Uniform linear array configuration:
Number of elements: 16
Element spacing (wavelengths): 0.5
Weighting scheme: kaiser
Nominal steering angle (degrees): -30
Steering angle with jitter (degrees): -29.638
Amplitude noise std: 0.05
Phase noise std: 0.05

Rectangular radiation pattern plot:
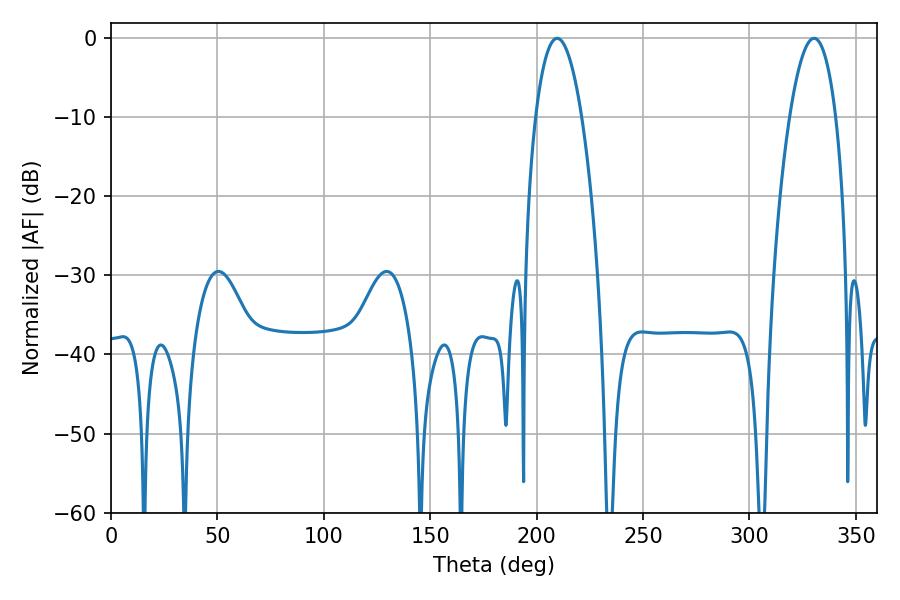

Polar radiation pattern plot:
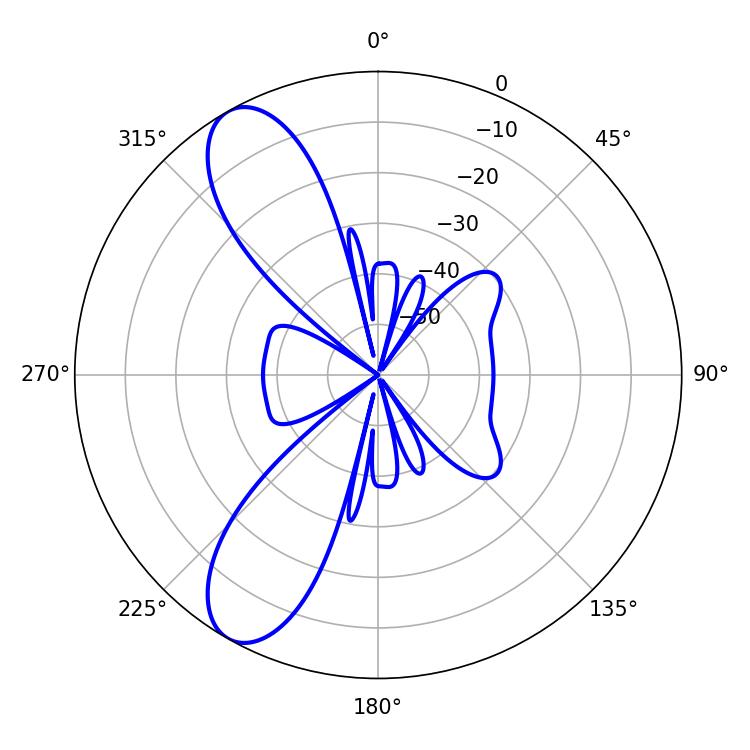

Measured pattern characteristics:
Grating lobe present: FALSE
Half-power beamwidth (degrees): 12.06
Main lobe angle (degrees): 209.7